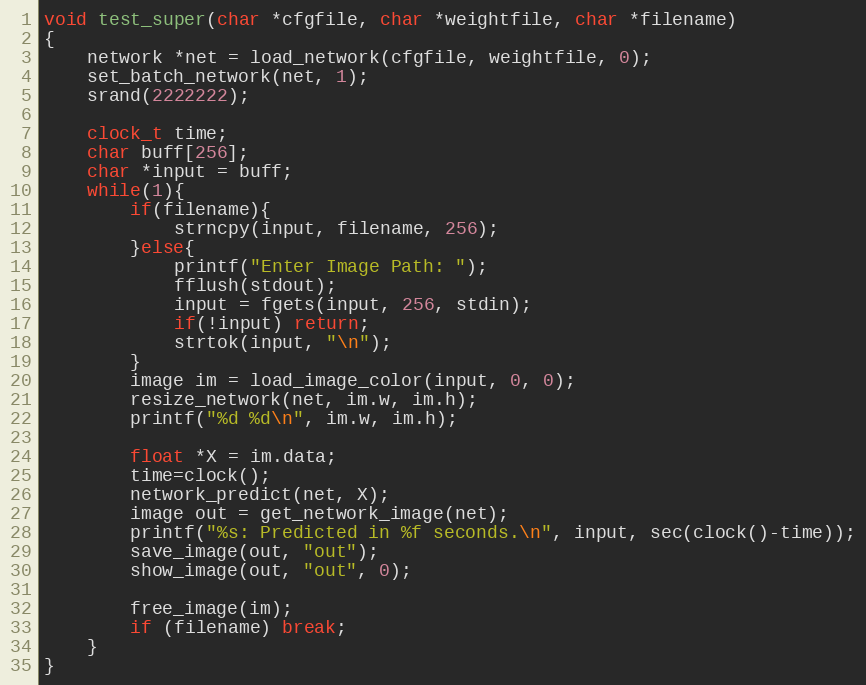
Language: C
void test_super(char *cfgfile, char *weightfile, char *filename)
{
    network *net = load_network(cfgfile, weightfile, 0);
    set_batch_network(net, 1);
    srand(2222222);

    clock_t time;
    char buff[256];
    char *input = buff;
    while(1){
        if(filename){
            strncpy(input, filename, 256);
        }else{
            printf("Enter Image Path: ");
            fflush(stdout);
            input = fgets(input, 256, stdin);
            if(!input) return;
            strtok(input, "\n");
        }
        image im = load_image_color(input, 0, 0);
        resize_network(net, im.w, im.h);
        printf("%d %d\n", im.w, im.h);

        float *X = im.data;
        time=clock();
        network_predict(net, X);
        image out = get_network_image(net);
        printf("%s: Predicted in %f seconds.\n", input, sec(clock()-time));
        save_image(out, "out");
        show_image(out, "out", 0);

        free_image(im);
        if (filename) break;
    }
}